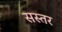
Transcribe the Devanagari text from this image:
सस्तर